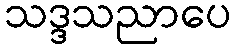
သဒ္ဒသညာပေ